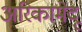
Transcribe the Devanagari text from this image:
अरिकामेदू